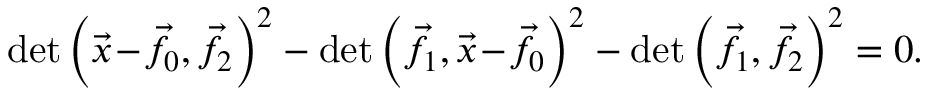
\operatorname* { d e t } \left( { \vec { x } } \! - \! { \vec { f } } \! _ { 0 } , { \vec { f } } \! _ { 2 } \right) ^ { 2 } - \operatorname* { d e t } \left( { \vec { f } } \! _ { 1 } , { \vec { x } } \! - \! { \vec { f } } \! _ { 0 } \right) ^ { 2 } - \operatorname* { d e t } \left( { \vec { f } } \! _ { 1 } , { \vec { f } } \! _ { 2 } \right) ^ { 2 } = 0 .